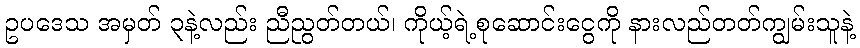
ဥပဒေသ အမှတ် ၃နဲ့လည်း ညီညွတ်တယ်၊ ကိုယ့်ရဲ့စုဆောင်းငွေကို နားလည်တတ်ကျွမ်းသူနဲ့